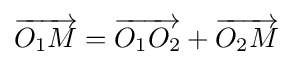
{\overrightarrow {O_{1}M}}={\overrightarrow {O_{1}O_{2}}}+{\overrightarrow {O_{2}M}}